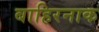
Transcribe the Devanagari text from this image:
बाहिरनाक